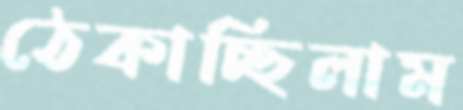
ঠেকাচ্ছিলাম